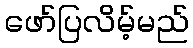
ဖော်ပြလိမ့်မည်